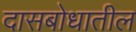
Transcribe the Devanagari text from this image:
दासबोधातील